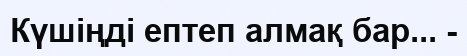
Күшіңді ептеп алмақ бар... -